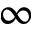
\infty